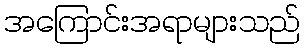
အကြောင်းအရာများသည်